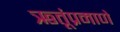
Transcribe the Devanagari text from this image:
ऋतूंप्रमाणे